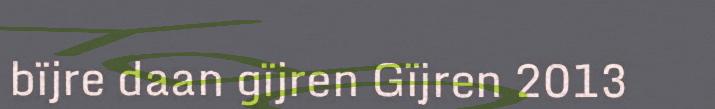
bïjre daan gïjren Gïjren 2013